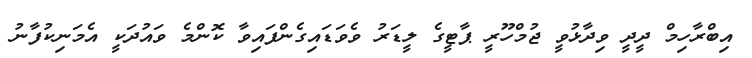
އިބްރާހިމް ދީދީ ވިދާޅުވީ ޖުމްހޫރީ ޕާޓީގެ ލީޑަރު ވެވަޑައިގެންފައިވާ ކޮންމެ ވައުދަކީ އެމަނިކުފާނު